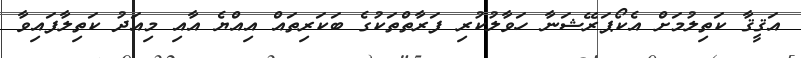
އަޤީޤާ ކަތިލުމަށް އެކޯޕަރޭޝަނާ ހަވާލުކުރި ފަރާތްތަކުގެ ބަކަރިތައް އިއްޔެ އާއި މިއަދު ކަތިލާފައިވާ